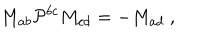
M _ { a b } { \cal P } ^ { b c } M _ { c d } = - M _ { a d } ~ ,